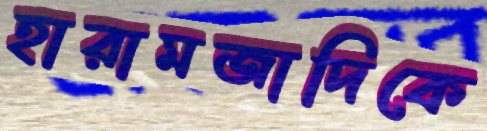
হারামজাদিকে